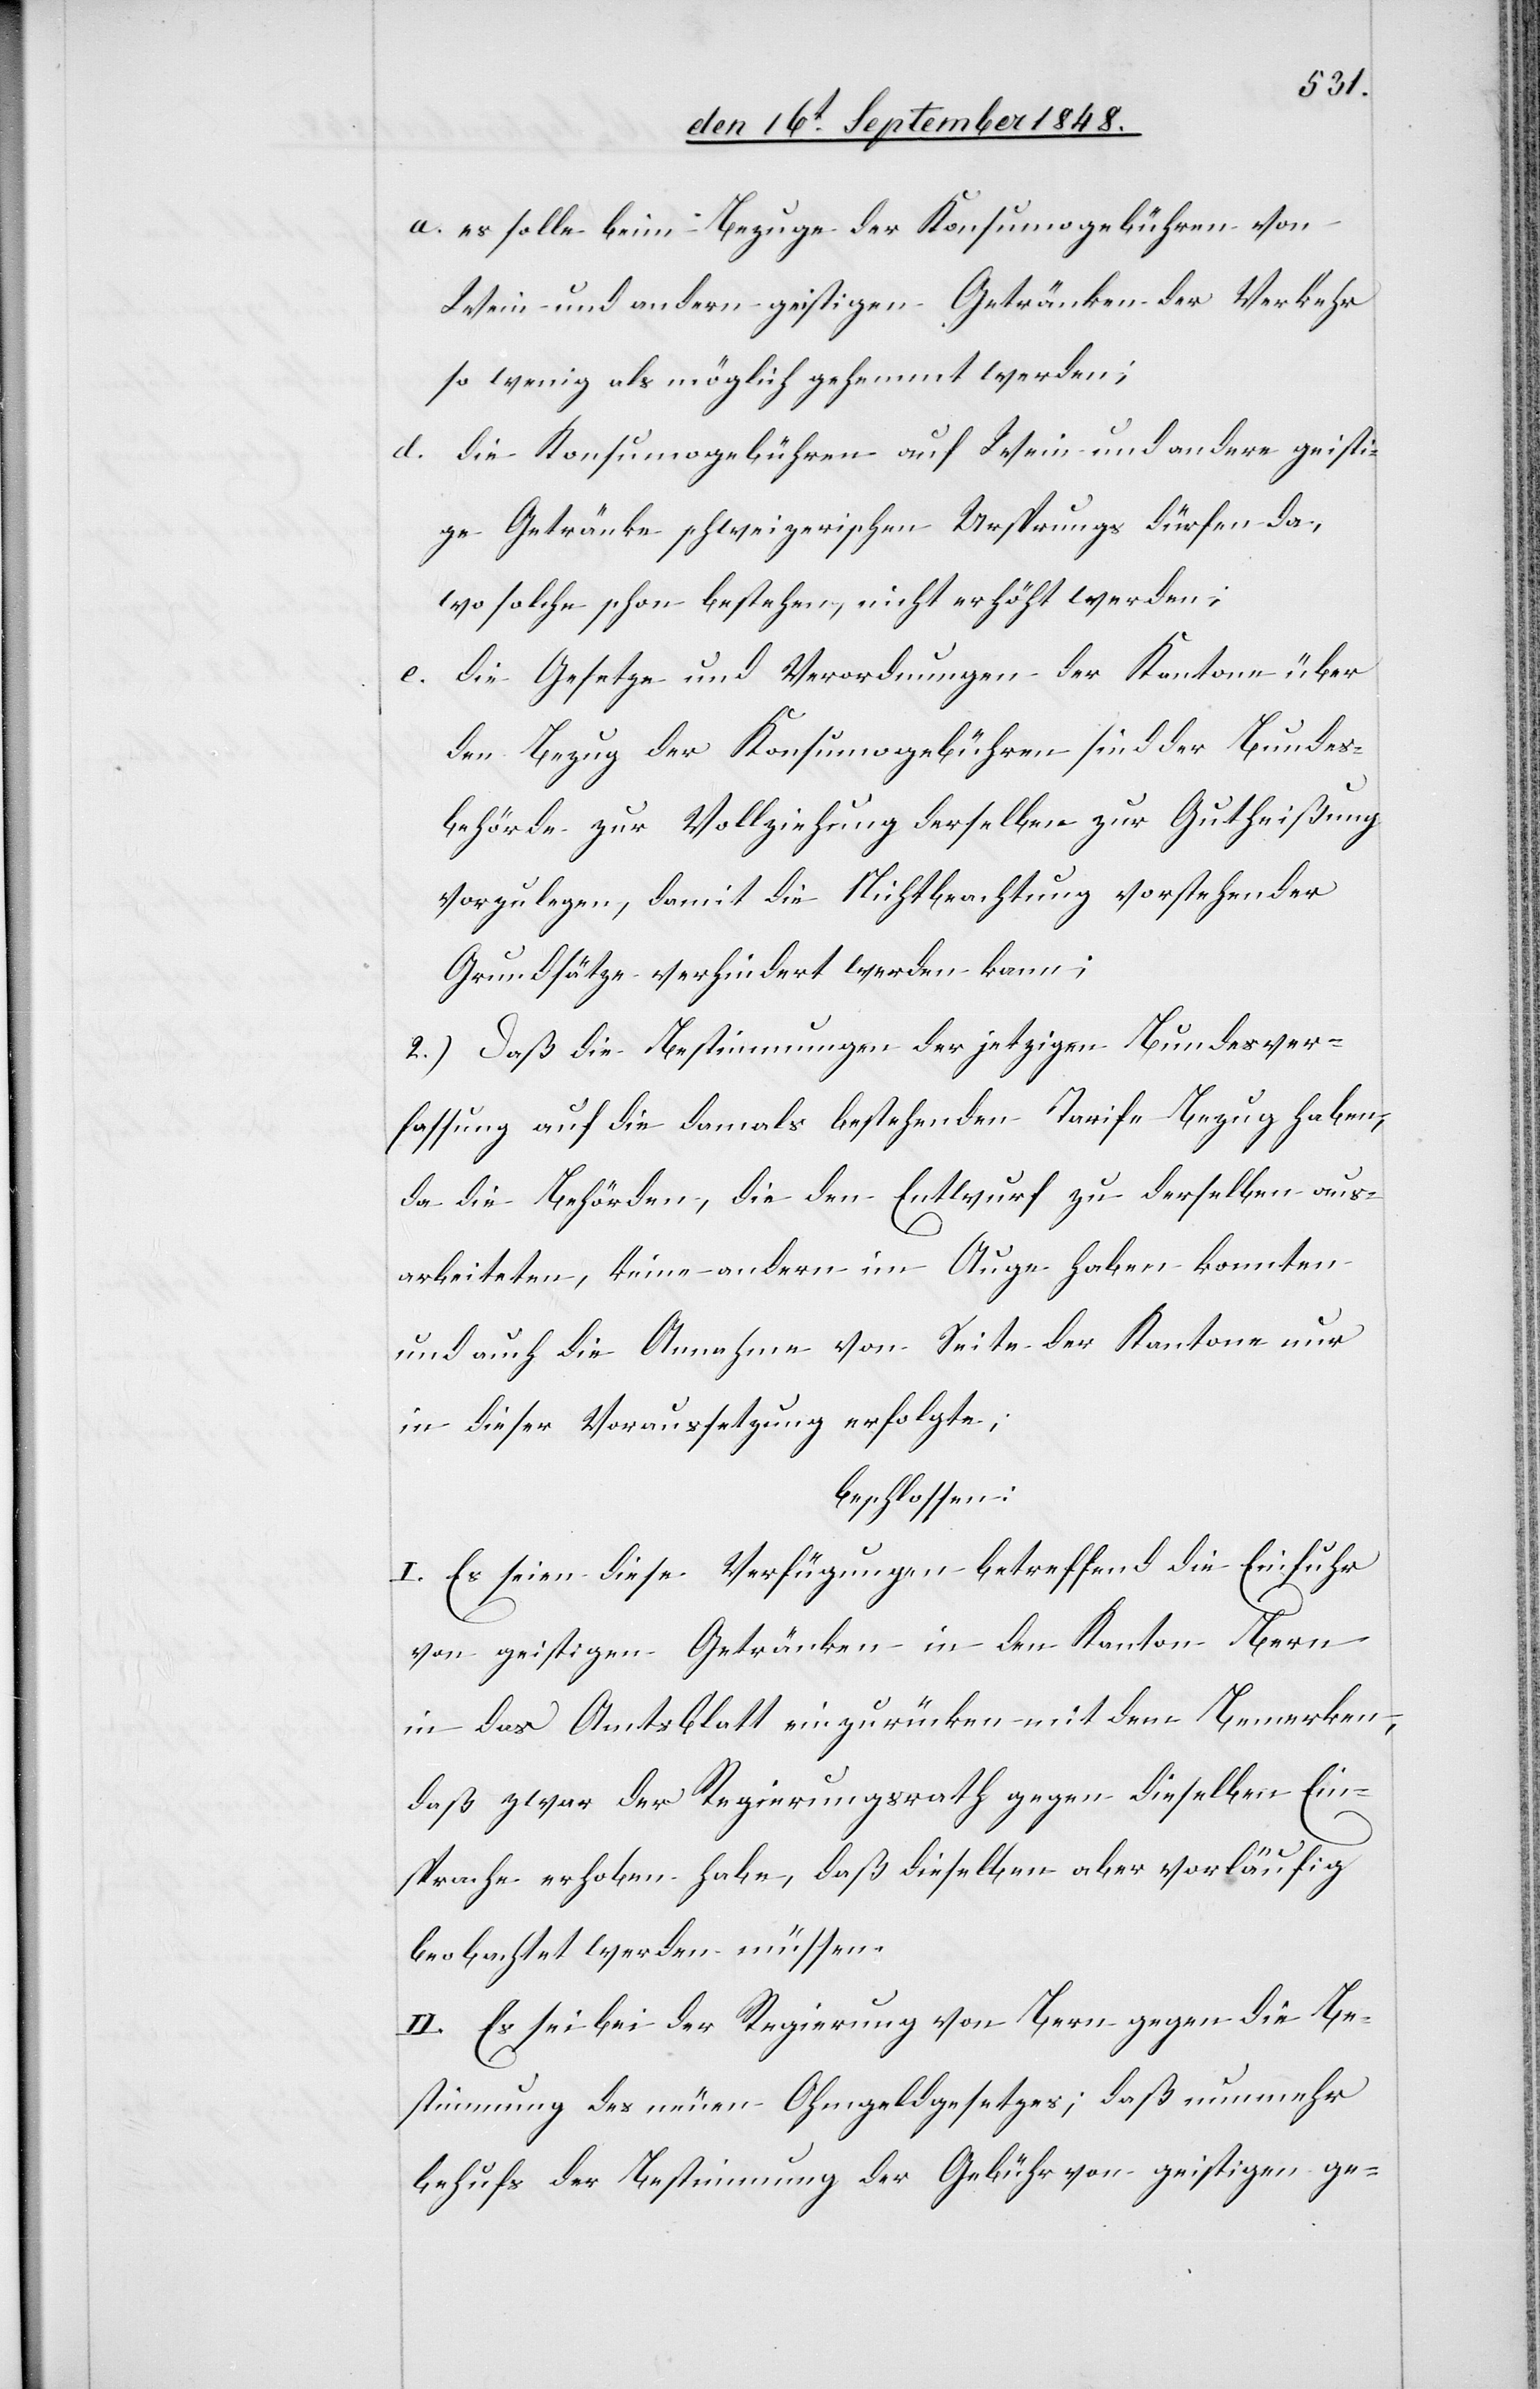
a. es solle beim Bezuge der Konsumogebühren von
Wein und andern geistigen Getränken der Verkehr
so wenig als möglich gehemmt werden;
d. die Konsumogebühren auf Wein und andere geisti¬
ge Getränke schweizerischen Ursprungs dürfen da,
wo solche schon bestehen, nicht erhöht werden;
e. die Gesetze und Verordnungen der Kantone über
den Bezug der Konsumogebühren sind der Bundes¬
behörde zur Vollziehung derselben zur Gutheißung
vorzulegen, damit die Nichtbeachtung vorstehender
Grundsätze verhindert werden kann;
2.) Daß die Bestimmungen der jetzigen Bundesver¬
fassung auf die damals bestehenden Tarife Bezug haben,
da die Behörden, die den Entwurf zu derselben aus¬
arbeiteten, keine andern im Auge haben konnten
und auch die Annahme von Seite der Kantone nur
in dieser Voraussetzung erfolgte;
beschlossen:
I. Es seien diese Verfügungen betreffend die Einfuhr
von geistigen Getränken in den Kanton Bern
in das Amtsblatt einzurücken mit dem Bemerken,
daß zwar der Regierungsrath gegen dieselben Ein¬
sprache erhoben habe, daß dieselben aber vorläufig
beobachtet werden müssen.
II. Es sei bei der Regierung von Bern gegen die Be¬
stimmung des neuen Ohmgeldgesetzes; daß nunmehr
behufs der Bestimmung der Gebühr von geistigen ge-